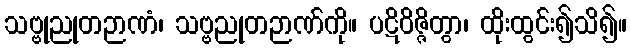
သဗ္ဗုညုတဉာဏံ၊ သဗ္ဗညုတဉာဏ်ကို။ ပဋိဝိဇ္ဇိတွာ၊ ထိုးထွင်း၍သိ၍။